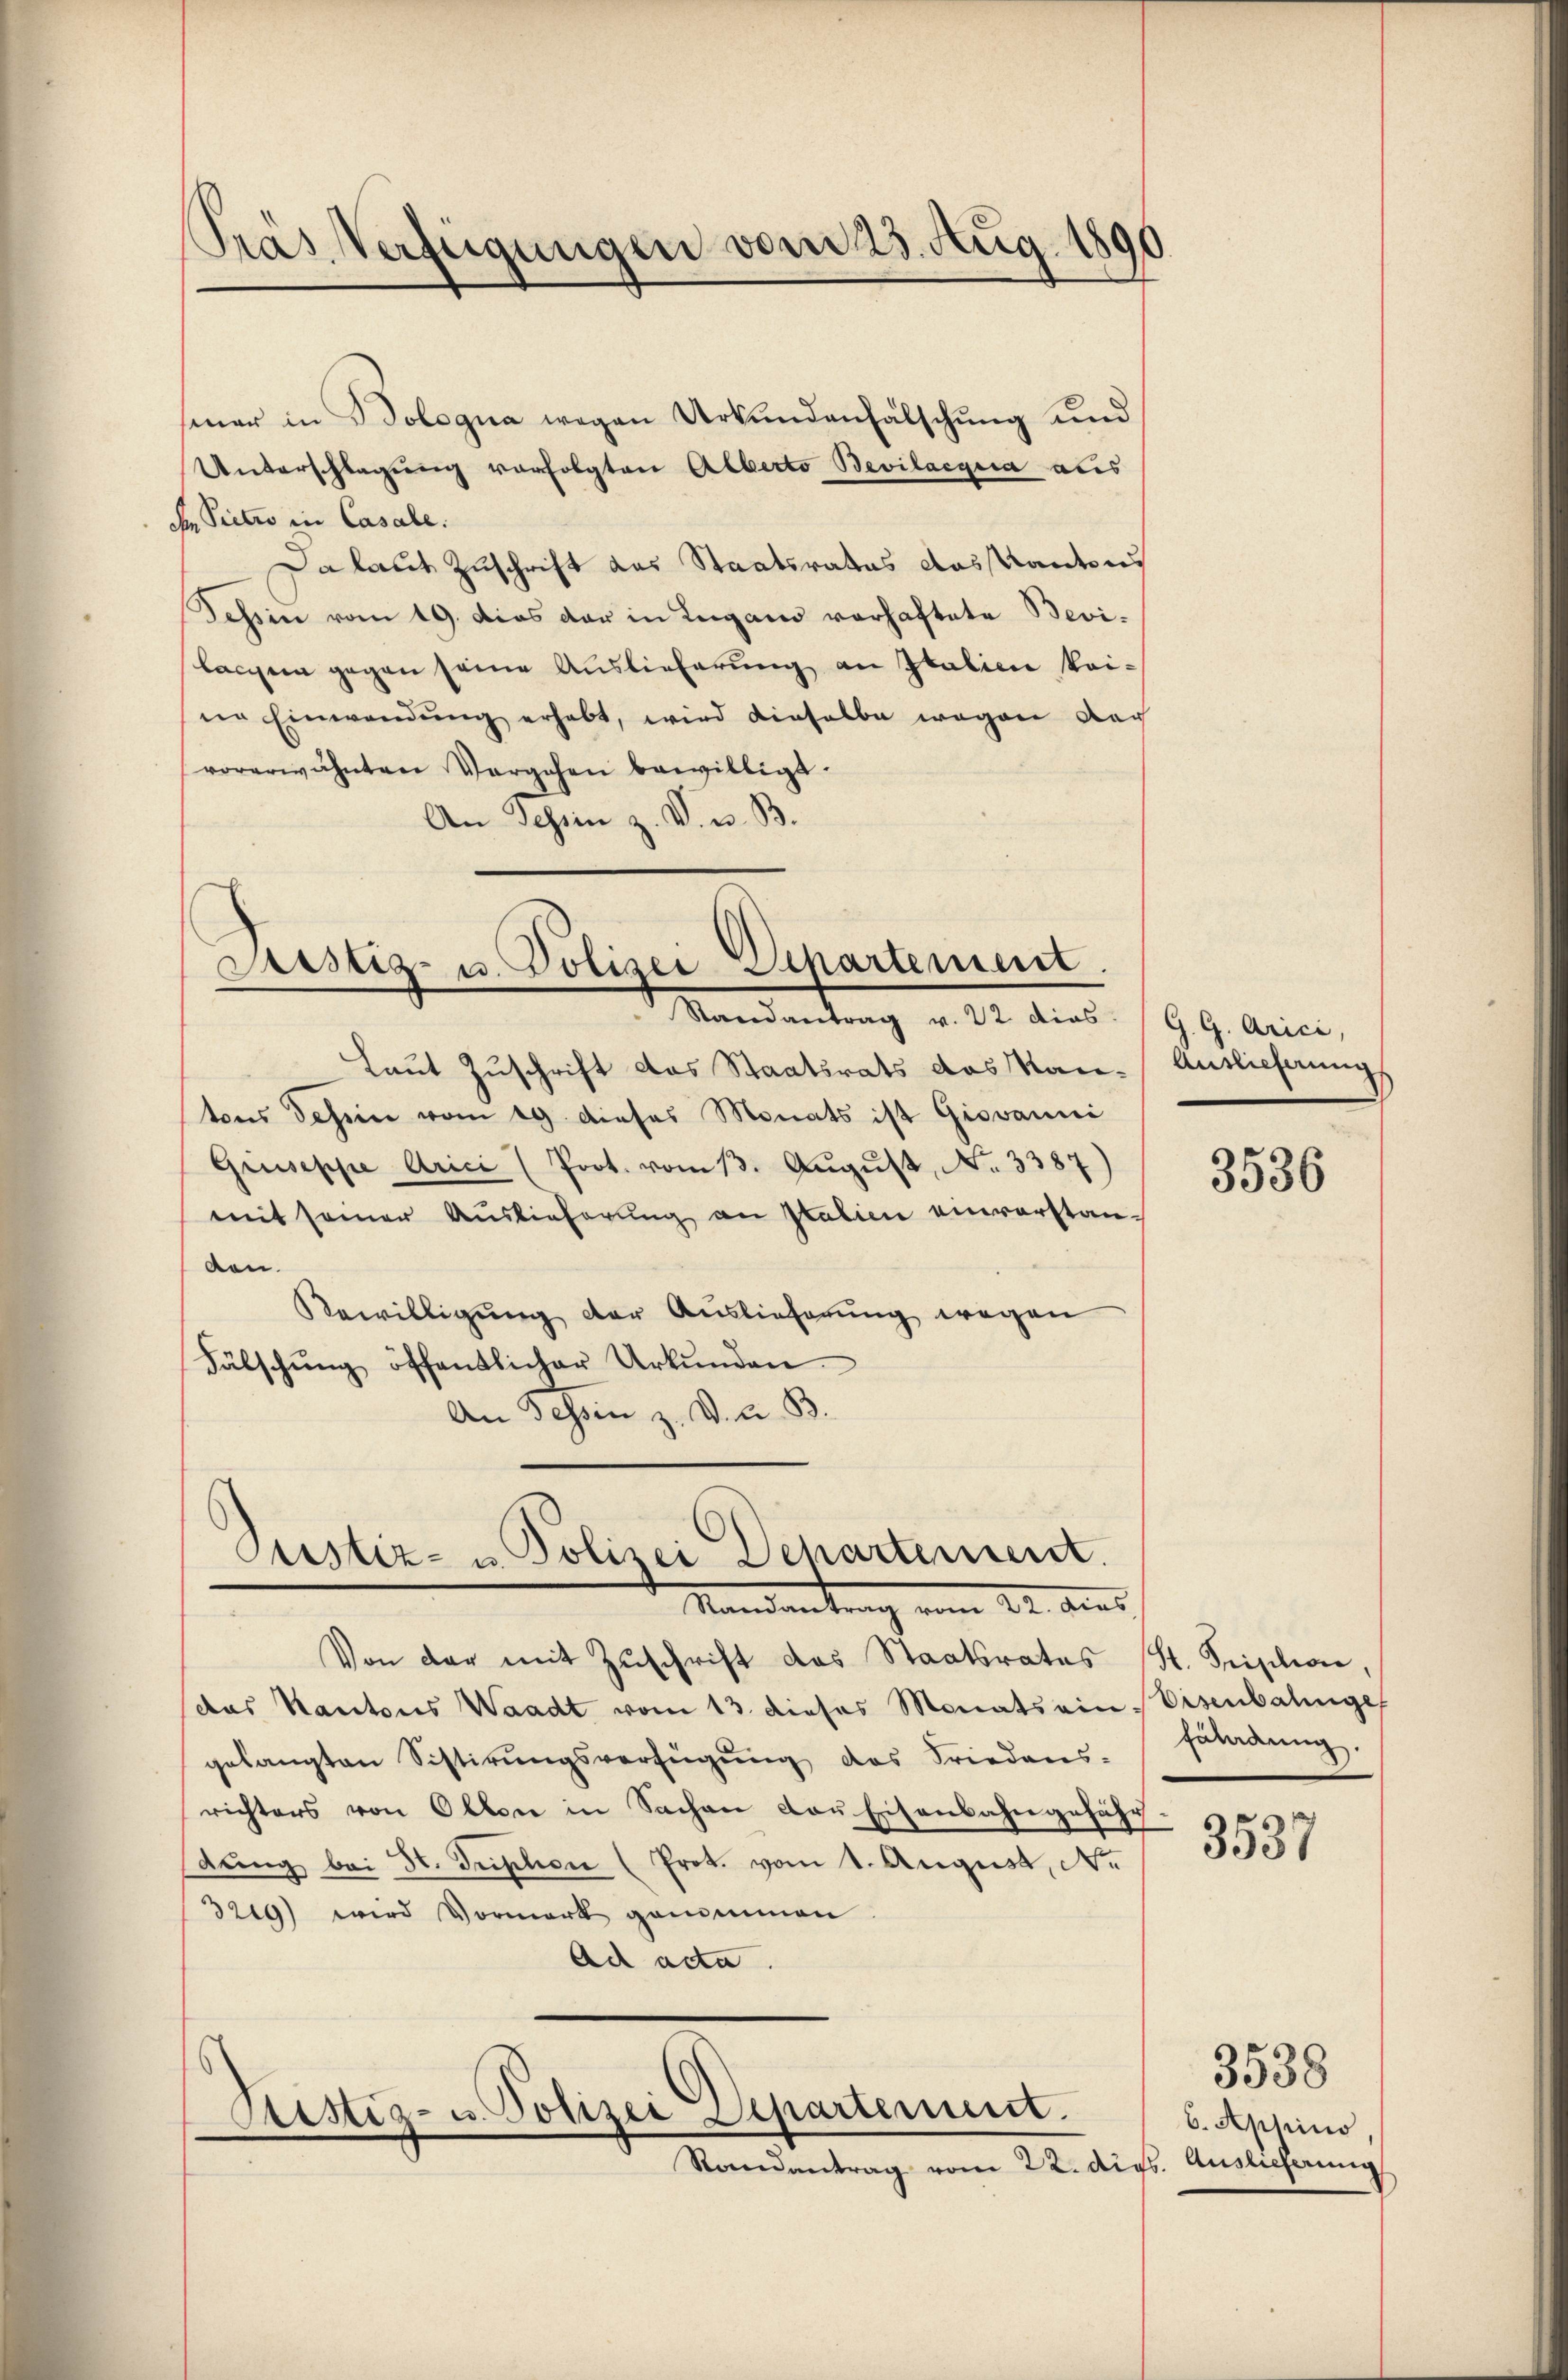
Pras Verfügungen vom 23. Aug. 1890

sener in Bologna wegen Urkundenfälschung und
Unterschlagung vorfolgten Alberto Bevilaegia als
Ie Pietro in Casale.
Da laut Zuschrift das Staatsrates das Kanton
Tessin vom 19. das der in Lugano vorhaftete Bevi-
langen gegen seine Auslieferung an Italien kei-
ne Einwendŭng erhabt, wird dieselbe wegen Nac
vorerwähnten Vergehen bewilligt.
An Tessin z. V. u. B.

Laut Zuschrift das Staatsrats das Kau-Auslieferung
tons dahin vom 19 dieses Monats ist Giovanni
Giuseppe Arici (Prot. vom 13. August, No. 3387)
mit seiner Auslieferung an Italien einverstanven.
Bewilligung der Auslieferung wegen
Fälschung öffentlicher Urkunden.
An Schön z. B. L. B.

Justiz- u. Polizei Departement.
Mandantung v. dr. Art. 199 Anci,

Justiz- u. Polizei Departement.

Mandantrag vom 22. Aus
Von der mit Zŭschrift das Staatsrates St. Fristine.
(das Kantons Waadt vom 13. dieses Monats ein Eisenbahnge
gelangten Sistirungsverfügung des Friedens-
richters von Olten in Sachen der Eisenbahngefähr
dŭng bei St. Tription (Prot. vom 1. August, Nr.
3219) wird Vormerk genommen
Ad acta.

Cristiz- u. Polizei Departement.
Randantrag vom 22. digs. Auslieferung

3536

fährdung.

3537

6. Appino

3538